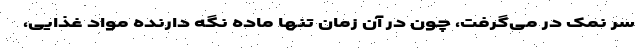
سر نمک در می‌گرفت، چون در آن زمان تنها ماده نگه دارنده مواد غذایی،